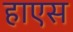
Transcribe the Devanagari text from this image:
हाएस